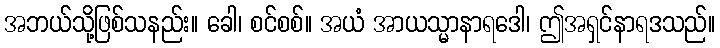
အဘယ်သို့ဖြစ်သနည်း။ ခေါ၊ စင်စစ်။ အယံ အာယသ္မာနာရဒေါ၊ ဤအရှင်နာရဒသည်။